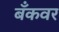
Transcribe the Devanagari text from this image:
बँकवर